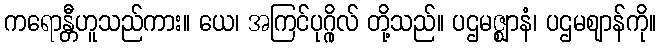
ကရောန္တီဟူသည်ကား။ ယေ၊ အကြင်ပုဂ္ဂိုလ် တို့သည်။ ပဌမဇ္ဈာနံ၊ ပဌမဈာန်ကို။